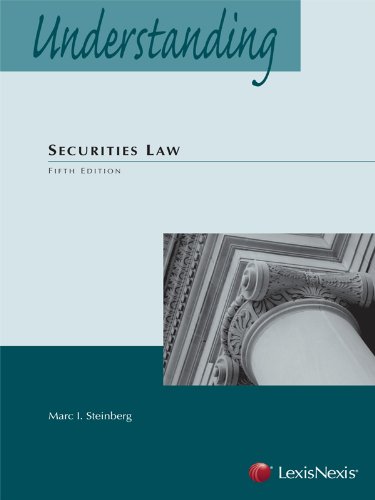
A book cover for Understanding Securities Law; Marc I. Steinberg; Law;